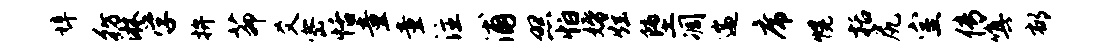
埠彷淋学拚茆爻密恬童童注浦照怕婚炫堕凋遄席幌括尻室传嗔郁